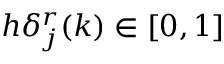
h \delta _ { j } ^ { r } ( k ) \in [ 0 , 1 ]